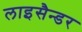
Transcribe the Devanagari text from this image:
लाइसैन्डर